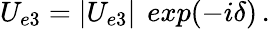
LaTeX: U_{e3}=|U_{e3}|\, ~exp{(-i\delta)}\, .